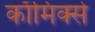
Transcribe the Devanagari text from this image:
काॅमिक्से